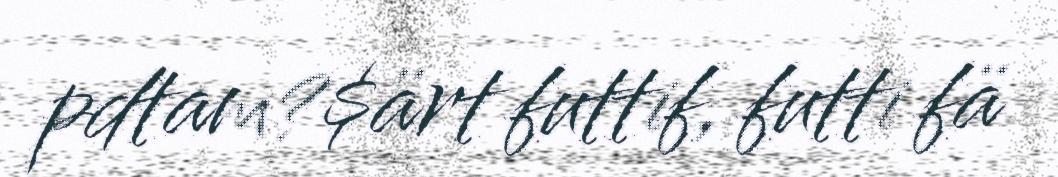
pdtam?$ärt futtif, futti fä